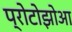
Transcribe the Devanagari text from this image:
प्रोटोझोआ